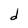
Character: d